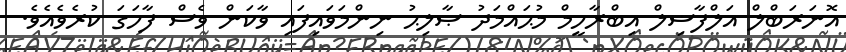
އޮނަރަބްލް އަލްފާޟިލް އިބްރާހީމް މުޙައްމަދު ޞާލިޙު ނިންމަވައިފައި ވާކަން ވެސް ފާހަގަ ކުރެވެއެވެ.